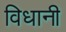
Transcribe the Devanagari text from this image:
विधानी